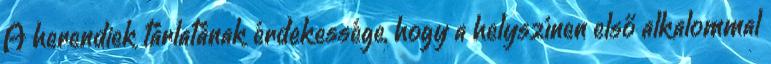
A herendiek tárlatának érdekessége, hogy a helyszínen első alkalommal